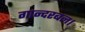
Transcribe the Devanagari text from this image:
गान्दरबल।